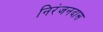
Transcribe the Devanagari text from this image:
निरंजनदास